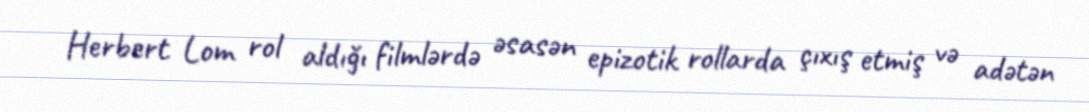
Herbert Lom rol aldığı filmlərdə əsasən epizotik rollarda çıxış etmiş və adətən